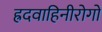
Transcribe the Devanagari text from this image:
ह्रदवाहिनीरोगों